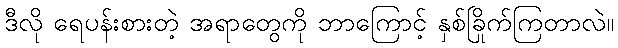
ဒီလို ရေပန်းစားတဲ့ အရာတွေကို ဘာကြောင့် နှစ်ခြိုက်ကြတာလဲ။